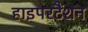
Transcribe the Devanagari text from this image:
हाइपरटैंशन